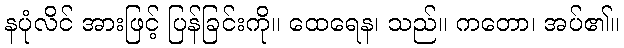
နပုံလိင် အားဖြင့် ပြန်ခြင်းကို။ ထေရေန၊ သည်။ ကတော၊ အပ်၏။